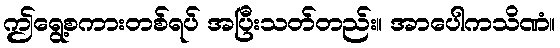
ဤရွေ့စကားတစ်ရပ် အပြီးသတ်တည်း။ အာပေါကသိဏံ။